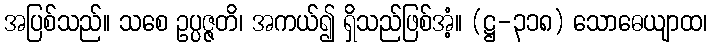
အပြစ်သည်။ သစေ ဥပ္ပဇ္ဇတိ၊ အကယ်၍ ရှိသည်ဖြစ်အံ့။ (ဋ္ဌ-၃၁၈) သောဓေယျာထ၊